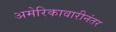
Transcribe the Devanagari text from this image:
अमेरिकावारीनंतर